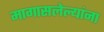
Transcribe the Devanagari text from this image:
मागासलेल्यांना